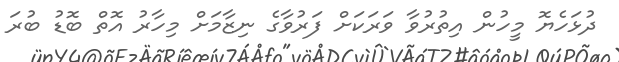
ދުޅަހެޔޮ މީހުން އިތުރުވާ ވަރަކަށް ފަރުވާގެ ނިޒާމަށް މިހާރު އޮތް ބޮޑު ބުރަ